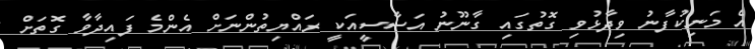
އެ މަނިކުފާނު ވިދާޅުވި ގޮތުގައި ގާނޫނު އަސާސީއަކީ ރައްޔިތުންނަށް އެންމެ ފައިދާވާ ގޮތަށް